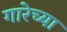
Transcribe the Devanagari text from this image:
गारेच्या